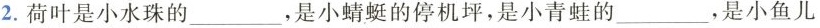
2.荷叶是小水珠的___，是小蜻蜓的停机坪，是小青蛙的___，是小鱼儿